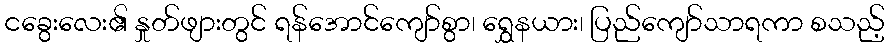
ငခွေးလေး၏ နှုတ်ဖျားတွင် ရန်အောင်ကျော်စွာ၊ ရွှေနယား၊ ပြည်ကျော်သာရကာ စသည့်